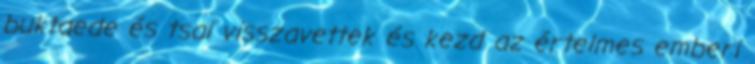
buktaede és tsai visszavettek és kezd az értelmes emberi